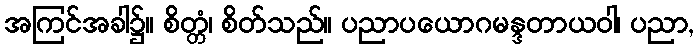
အကြင်အခါ၌။ စိတ္တံ၊ စိတ်သည်။ ပညာပယောဂမန္ဒတာယဝါ၊ ပညာ,